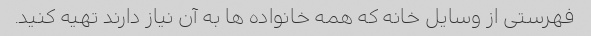
فهرستی از وسایل خانه که همه خانواده ها به آن نیاز دارند تهیه کنید.